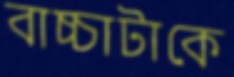
বাচ্চাটাকে